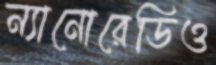
ন্যানোরেডিও